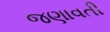
જણાવતી